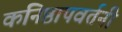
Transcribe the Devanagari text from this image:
कनिष्ठापवर्तनी